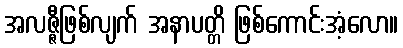
အလဇ္ဇီဖြစ်လျက် အနာပတ္တိ ဖြစ်ကောင်းအံ့လော။